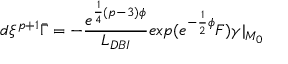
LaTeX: d \xi ^ { p + 1 } \bar { \Gamma } = - { \frac { e ^ { { \frac { 1 } { 4 } } ( p - 3 ) \phi } } { L _ { D B I } } } e x p ( e ^ { { - { \frac { 1 } { 2 } } \phi } } { \cal F } ) \gamma \vert _ { { \cal M } _ { 0 } }